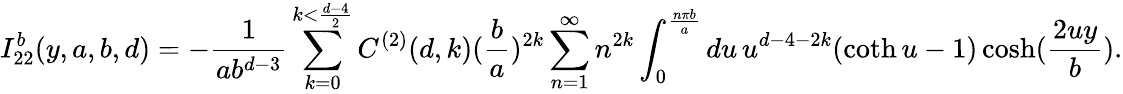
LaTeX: I_{22}^{b}(y,a,b,d)=-\frac{1}{ab^{d-3}}\sum_{k=0}^{k<\frac{d-4}{2}}C^{(2)}(d,k)(\frac{b}{a})^{2k}\sum_{n=1}^{\infty}n^{2k}\int_{0}^{\frac{n\pi b}{a}}du\, u^{d-4-2k}(\coth u-1)\cosh(\frac{2uy}{b}).